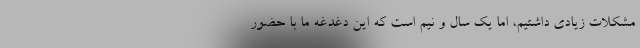
مشکلات زیادی داشتیم، اما یک سال و نیم است که این دغدغه ما با حضور